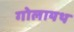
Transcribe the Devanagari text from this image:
गोलायथ